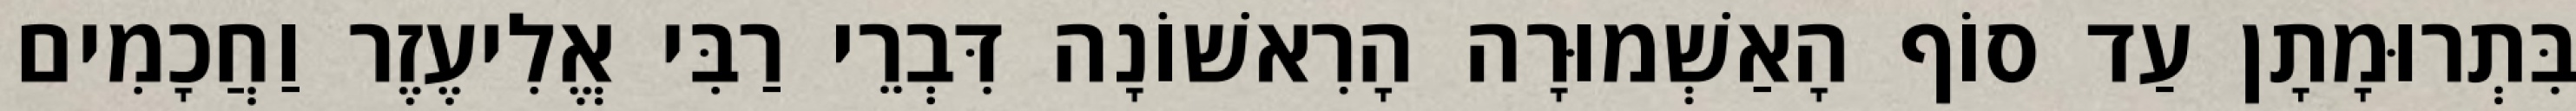
בִּתְרוּמָתָן עַד סוֹף הָאַשְׁמוּרָה הָרִאשׁוֹנָה דִּבְרֵי רַבִּי אֱלִיעֶזֶר וַחֲכָמִים